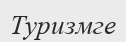
Туризмге